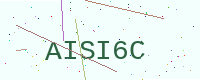
Text: AISI6C